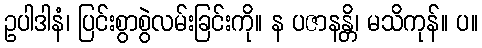
ဥပါဒါနံ၊ ပြင်းစွာစွဲလမ်းခြင်းကို။ န ပဇာနန္တိ၊ မသိကုန်။ ပ။